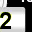
Digit: 2